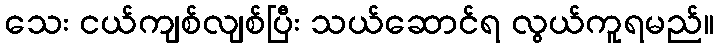
သေး ငယ်ကျစ်လျစ်ပြီး သယ်ဆောင်ရ လွယ်ကူရမည်။